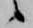
候